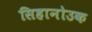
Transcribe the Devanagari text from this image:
सिहानोउक